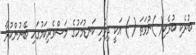
ބުރެކި ބުރެކި( )ނުވަތަ ( ) އަކީ ދިވެހި ކަނޑުމަހުގެ މަސްވެރިކަމުގައި ބޭނުންކުރާ